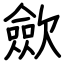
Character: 歛